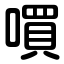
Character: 嘪